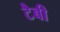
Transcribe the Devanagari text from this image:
टैबी